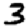
Digit: 3